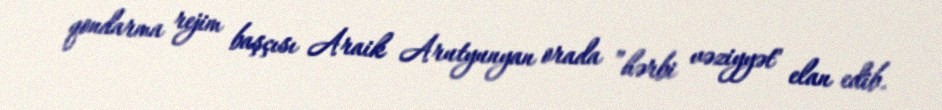
qondarma rejim başçısı Araik Arutyunyan orada ”hərbi vəziyyət" elan edib.